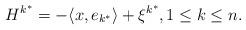
LaTeX: \begin{align*}H^{k^{*}}=-\langle x, e_{k^{*}}\rangle+\xi^{k^{*}}, 1 \leq k \leq n.\end{align*}